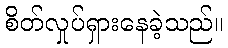
စိတ်လှုပ်ရှားနေခဲ့သည်။